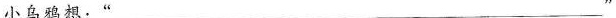
小乌鸦想：“___”